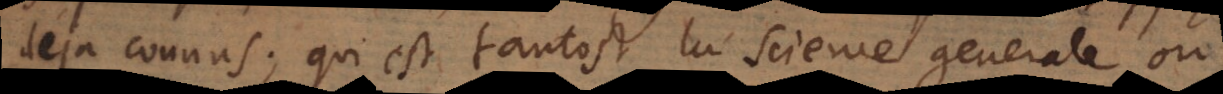
déja connus; qui est tantost la science generale ou